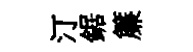
汀鋸簾